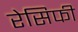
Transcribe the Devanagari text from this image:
रेसिफी